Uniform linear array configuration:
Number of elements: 4
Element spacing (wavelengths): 0.75
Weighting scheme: hamming
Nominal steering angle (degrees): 45
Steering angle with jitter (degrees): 44.96
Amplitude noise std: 0.05
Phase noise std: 0.05

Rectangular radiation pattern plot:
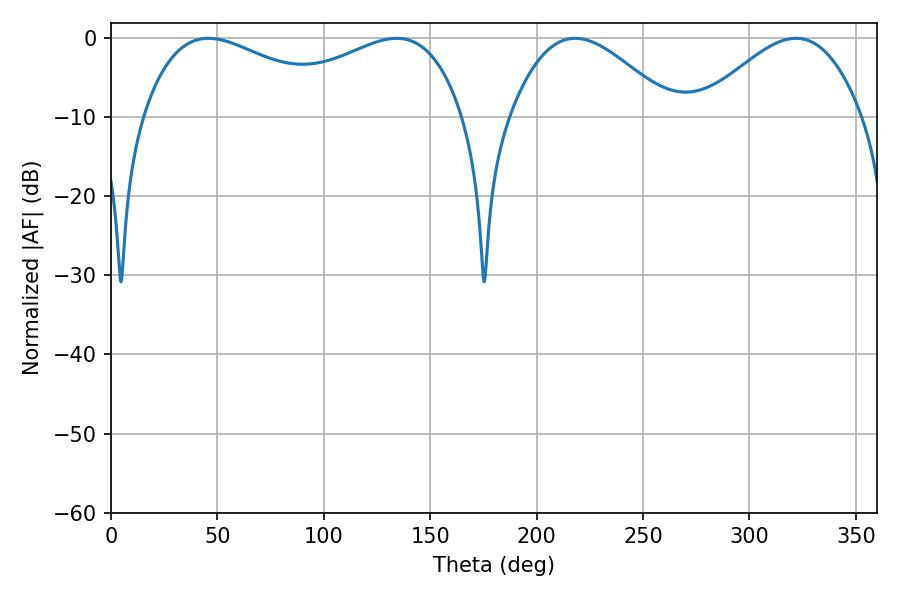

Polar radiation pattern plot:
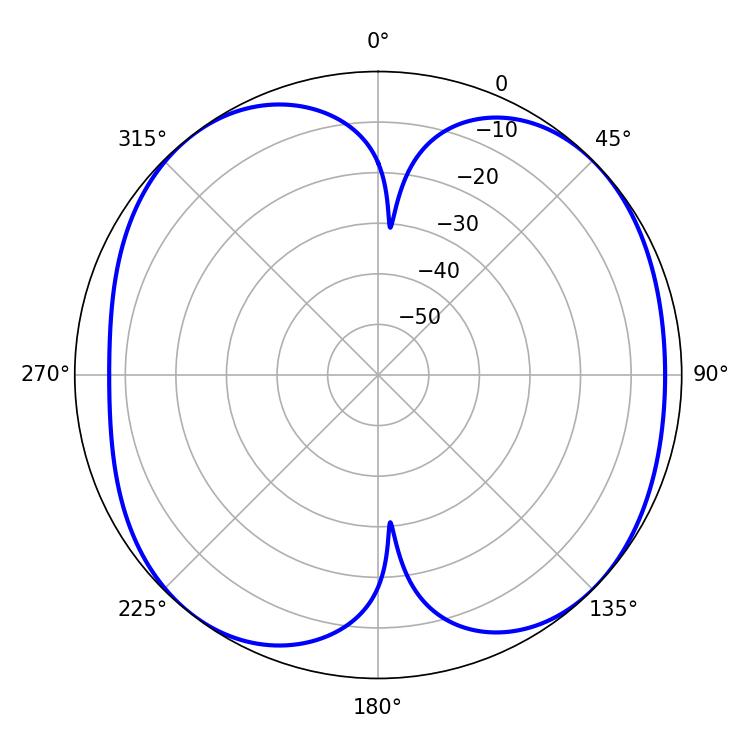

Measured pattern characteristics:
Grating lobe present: TRUE
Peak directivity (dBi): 8.744
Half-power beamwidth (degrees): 53.82
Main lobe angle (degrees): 45.72